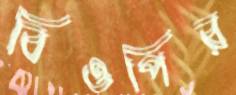
বিওপির